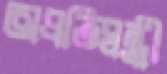
অপ্রতিদ্বন্ধী